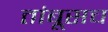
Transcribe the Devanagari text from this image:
तांबूसच